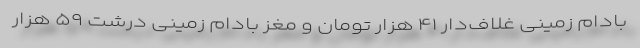
بادام زمینی غلاف‌دار ۴۱ هزار تومان و مغز بادام زمینی درشت ۵۹ هزار